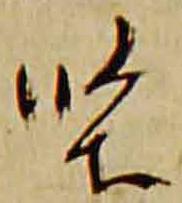
堅